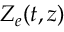
Z _ { e } ( t , z )